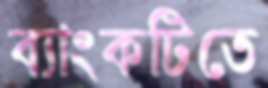
ব্যাংকটিতে